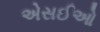
એસઈઓ